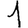
Digit: 1